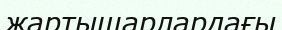
жартышарлардағы